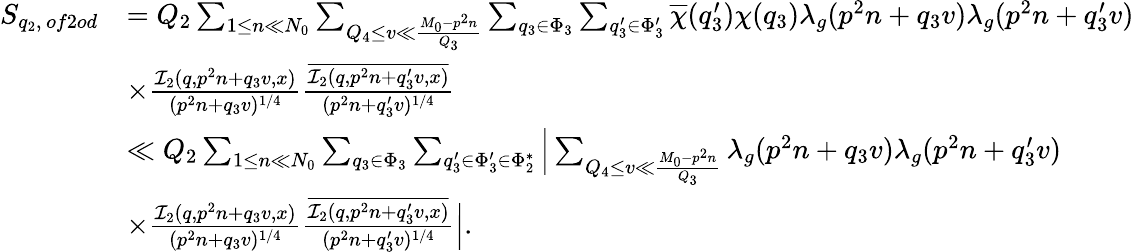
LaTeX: \begin{array}{rl}{S_{q_{2},\, of2od}}&{=Q_{2}\sum_{1\leq n\ll N_{0}}\sum_{Q_{4}\leq v\ll\frac{M_{0}-p^{2}n}{Q_{3}}}\sum_{q_{3}\in\Phi_{3}}\sum_{q_{3}^{\prime}\in\Phi_{3}^{\prime}}\overline{{\chi}}(q_{3}^{\prime})\chi(q_{3})\lambda_{g}(p^{2}n+q_{3}v)\lambda_{g}(p^{2}n+q_{3}^{\prime}v)}\\ &{\times\frac{\mathcal{I}_{2}(q,p^{2}n+q_{3}v,x)}{(p^{2}n+q_{3}v)^{1/4}}\frac{\overline{{\mathcal{I}_{2}(q,p^{2}n+q_{3}^{\prime}v,x)}}}{(p^{2}n+q_{3}^{\prime}v)^{1/4}}}\\ &{\ll Q_{2}\sum_{1\leq n\ll N_{0}}\sum_{q_{3}\in\Phi_{3}}\sum_{q_{3}^{\prime}\in\Phi_{3}^{\prime}\in\Phi_{2}^{*}}\Big|\sum_{Q_{4}\leq v\ll\frac{M_{0}-p^{2}n}{Q_{3}}}\lambda_{g}(p^{2}n+q_{3}v)\lambda_{g}(p^{2}n+q_{3}^{\prime}v)}\\ &{\times\frac{\mathcal{I}_{2}(q,p^{2}n+q_{3}v,x)}{(p^{2}n+q_{3}v)^{1/4}}\frac{\overline{{\mathcal{I}_{2}(q,p^{2}n+q_{3}^{\prime}v,x)}}}{(p^{2}n+q_{3}^{\prime}v)^{1/4}}\Big|.}\end{array}